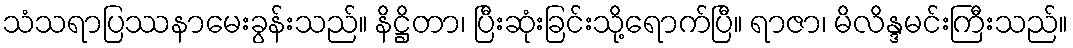
သံသရာပြဿနာမေးခွန်းသည်။ နိဋ္ဌိတာ၊ ပြီးဆုံးခြင်းသို့ရောက်ပြီ။ ရာဇာ၊ မိလိန္ဒမင်းကြီးသည်။